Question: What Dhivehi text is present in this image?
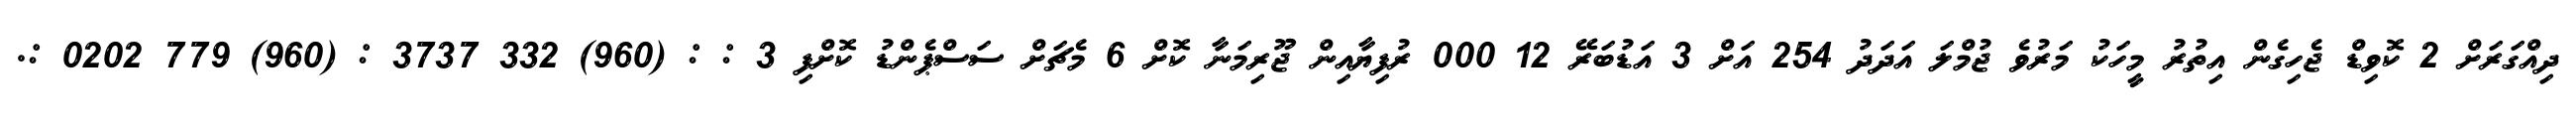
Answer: ދިއްގަރަށް 2 ކޮވިޑް ޖެހިގެން އިތުރު މީހަކު މަރުވެ ޖުމްލަ އަދަދު 254 އަށް 3 އަޑުބަރޭ 12 000 ރުފިޔާއިން ޖޫރިމަނާ ކޮށް 6 މެޗަށް ސަސްޕެންޑު ކޮށްފި 3 : : (960) 332 3737 : (960) 779 0202 :.